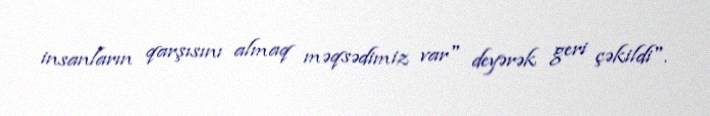
insanların qarşısını almaq məqsədimiz var" deyərək geri çəkildi".